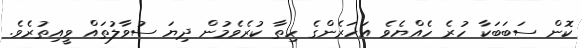
ކޮން ސަބަބަކާ ހުރެ ހެއްޔެވެ އަހަރެންގެ ހިތާ ކުރެވެމުން ދިޔަ ސުވާލުތައް ވީއިތުރެވެ.